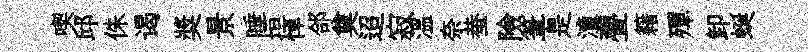
喫邱侏谒奬景睡垣悼郃奠迢寂溫奈蛬險筆是潼亹籍殫卸蜒